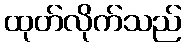
ထုတ်လိုက်သည်